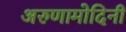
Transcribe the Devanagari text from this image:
अरुणामोदिनी